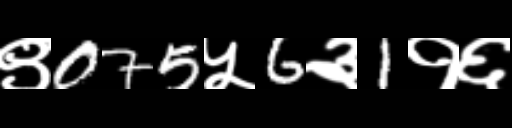
Text: ९075५6३1१६